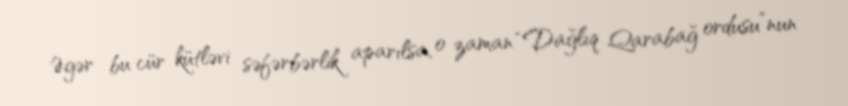
Əgər bu cür kütləvi səfərbərlik aparılsa, o zaman “Dağlıq Qarabağ ordusu”nun